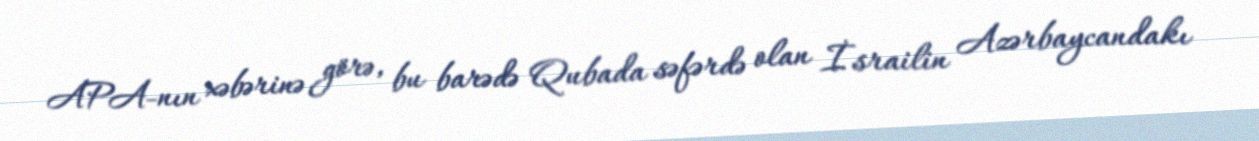
APA-nın xəbərinə görə, bu barədə Qubada səfərdə olan İsrailin Azərbaycandakı